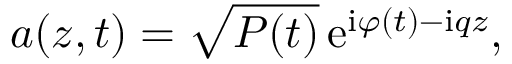
a \! \left( z , t \right) = \sqrt { P \! \left( t \right) } \, { \mathrm e } ^ { \mathrm { i } \varphi \left( t \right) - \mathrm { i } q z } ,